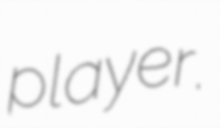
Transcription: player.